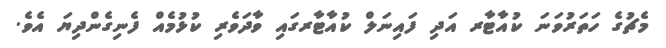
މެޗުގެ ހަތަރުވަނަ ކުއާޓާރ އަދި ފައިނަލް ކުއާޓާރގައި ވާދަވެރި ކުޅުމެއް ފެނިގެންދިޔަ އެވެ.